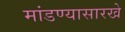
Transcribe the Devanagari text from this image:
मांडण्यासारखे